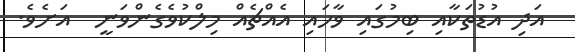
އަދި އުޑުތަކާއި ބިމުގައި ވާހައި އެއްޗެއް މިލްކުވެގެންވަނީ  އަށެވެ.